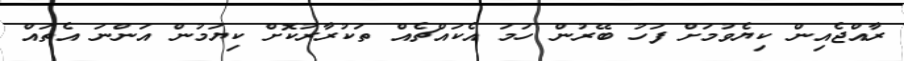
ރާއްޖެއިން ކިޔެވުމަށް ފަހު ބޭރުން ހަމަ އެކައްޗެއް ތަކުރާރުކޮށް ކިޔަމުން އަންނަ އެތައް